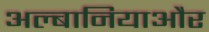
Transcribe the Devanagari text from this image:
अल्बानियाऔर